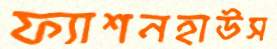
ফ্যাশনহাউস